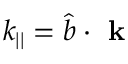
k _ { | | } = \hat { b } \cdot \textbf { k }